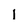
Character: 1